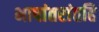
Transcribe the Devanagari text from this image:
भाषांतरांतहि